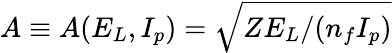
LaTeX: A\equiv A(E_{L},I_{p})=\sqrt{ZE_{L}/(n_{f}{I_{p}})}